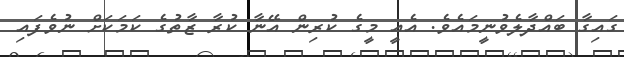
ގައިގާ ބައްދާލެވުނީމައެވެ. އެއީ މީގެ ކުރިން އޭނާ ކުރާ ޒާތުގެ ކަމަކަށް ނުވެފައި